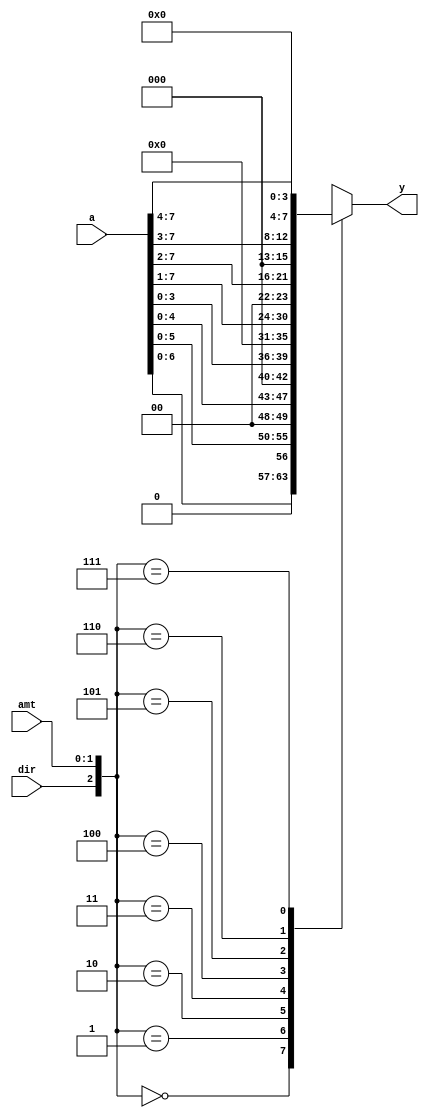
module shifter
    (
        input wire [7:0]  a,
        input wire        dir, // 0: left, 1: right
        input wire [1:0]  amt,
        output wire [7:0] y
    );

    reg [7:0] y_tmp;
    
    // Module body using "always block"
    always @(a or dir or amt) // or
//    always @(*) // Wildcard, produce the same result
    begin
        case ({dir, amt})
            3'b000: y_tmp = {a[6:0], 1'b0};
            3'b001: y_tmp = {a[5:0], 2'b00};
            3'b010: y_tmp = {a[4:0], {3{1'b0}}}; // Replicate bit
            3'b011: y_tmp = {a[3:0], 4'b0000};
            3'b100: y_tmp = {1'b0, a[7:1]};
            3'b101: y_tmp = {2'b00, a[7:2]};
            3'b110: y_tmp = {3'b000, a[7:3]};
            3'b111: y_tmp = {4'b0000, a[7:4]};
            default: y_tmp = 8'h00;
        endcase
    end
    
    // Module body using continuous assignment
    assign y = y_tmp;  

endmodule